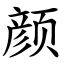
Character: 颜